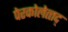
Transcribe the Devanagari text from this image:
पेरकोलेत्त्द्